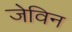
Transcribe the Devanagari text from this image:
जेविन